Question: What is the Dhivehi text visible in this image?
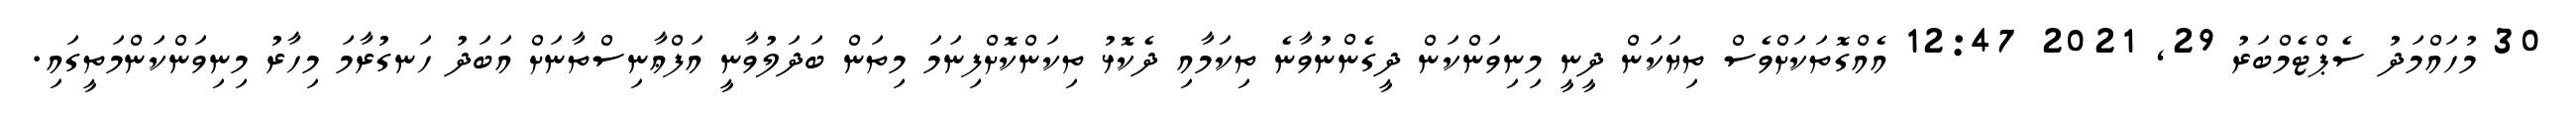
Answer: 30 މުހައްމަދު ސެޕްޓެމްބަރު 29, 2021 12:47 އެއްގޮތަކަށްވެސް ތިޔަކަން ދީނީ މިނިވަންކަން ދީގެންނުވާނެ ތިކަމާއި ދެކޮޅު ތިކަންކޮށްފިނަމަ މިތަން ބަދަލުވާނީ އަފްޢާނިސްތާނަށް އަބަދު ހަނގުރާމަ މިހާރު މިނިވަންކަންމަތީގައި.